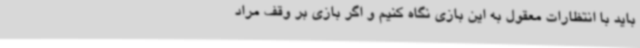
باید با انتظارات معقول به این بازی نگاه کنیم و اگر بازی بر وقف مراد